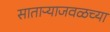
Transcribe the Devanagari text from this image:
साताऱ्याजवळच्या